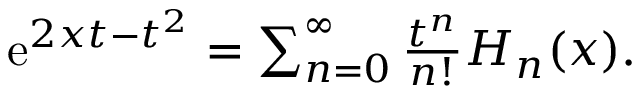
\begin{array} { r } { \mathrm { e } ^ { 2 x t - t ^ { 2 } } = \sum _ { n = 0 } ^ { \infty } \frac { t ^ { n } } { n ! } H _ { n } ( x ) . } \end{array}